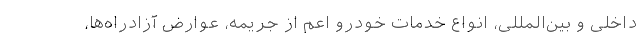
داخلی و بین‌المللی، انواع خدمات خودرو اعم از جریمه، عوارض آزادراه‌ها،